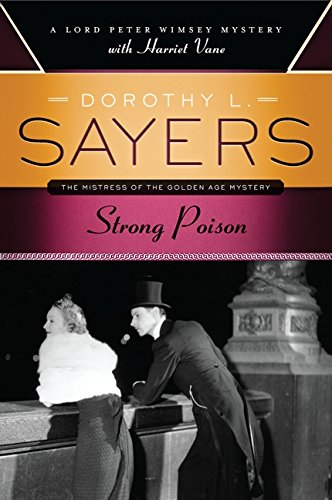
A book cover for Strong Poison (Lord Peter Wimsey); Dorothy L. Sayers; Mystery, Thriller & Suspense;